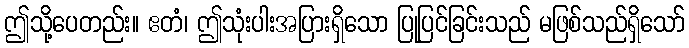
ဤသို့ပေတည်း။ ဧတံ၊ ဤသုံးပါးအပြားရှိသော ပြုပြင်ခြင်းသည် မဖြစ်သည်ရှိသော်